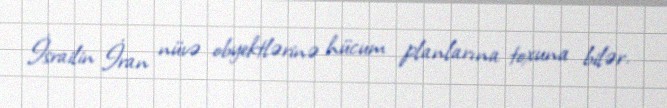
İsrailin İran nüvə obyektlərinə hücum planlarına toxuna bilər.